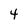
Character: 4